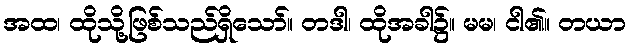
အထ၊ ထိုသို့ဖြစ်သည်ရှိသော်။ တဒါ၊ ထိုအခါ၌။ မမ၊ ငါ၏။ တယာ